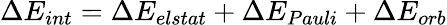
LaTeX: \Delta E_{int}=\Delta E_{elstat}+\Delta E_{Pauli}+\Delta E_{orb}